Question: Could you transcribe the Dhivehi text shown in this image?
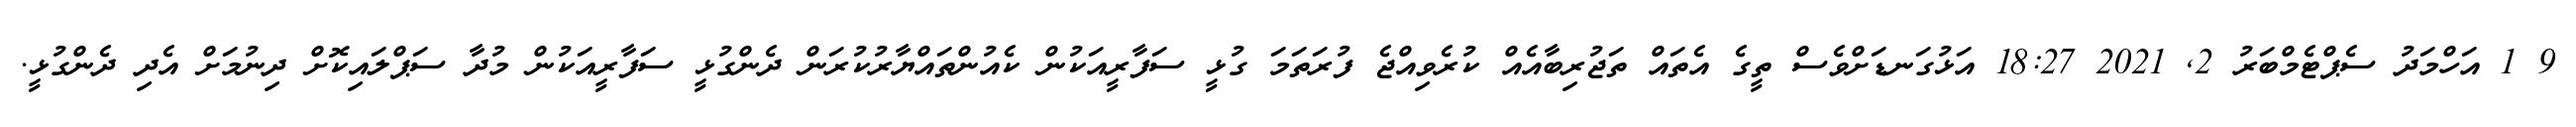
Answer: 9 1 އަހްމަދު ސެޕްޓެމްބަރު 2, 2021 18:27 އަޅުގަނޑަށްވެސް ތީގެ އެތައް ތަޖުރިބާއެއް ކުރެވިއްޖެ ފުރަތަމަ ގުޅީ ސަފާރީއަކުން ކެއުންތައްޔާރުކުރަން ދެންގުޅީ ސަފާރީއަކުން މުދާ ސަޕްލައިކޮށް ދިނުމަށް އެދި ދެންގުޅީ.